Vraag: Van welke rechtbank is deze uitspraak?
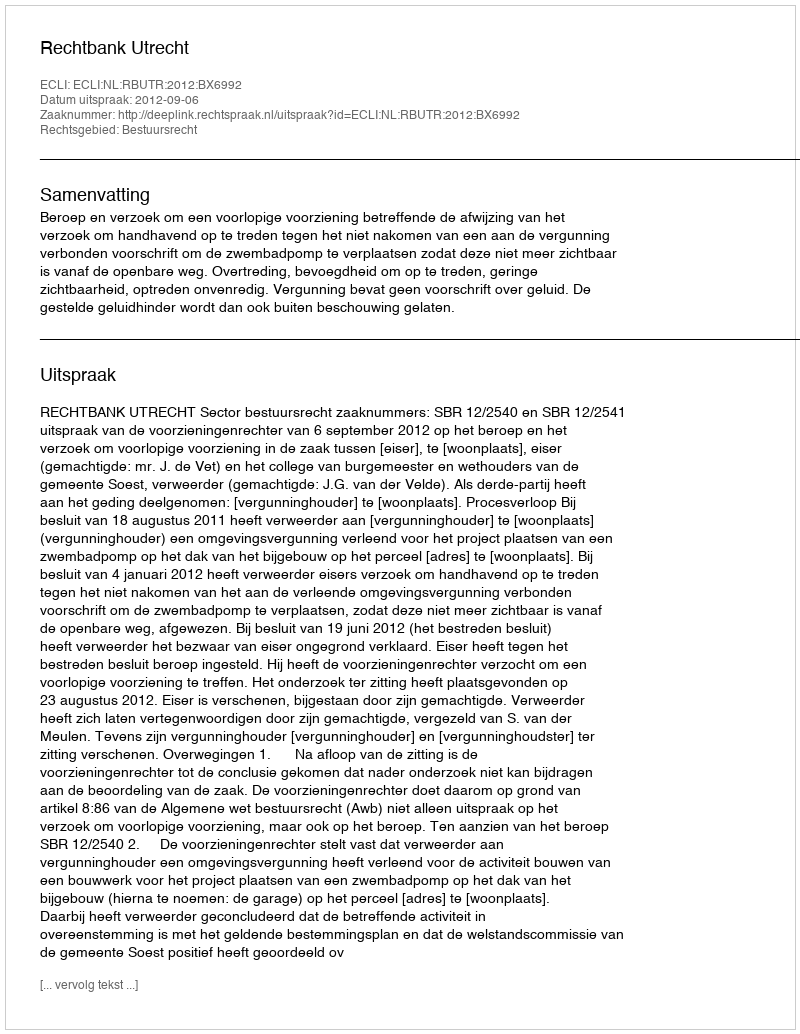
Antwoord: Rechtbank Utrecht